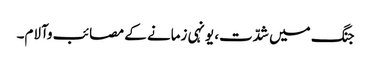
جنگ میں شدّت، یونہی زمانے کے مصائب وآلام۔